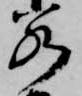
若